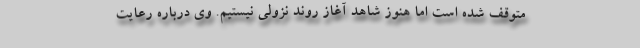
متوقف شده است اما هنوز شاهد آغاز روند نزولی نیستیم. وی درباره رعایت